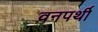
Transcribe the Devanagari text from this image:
वनपर्थी